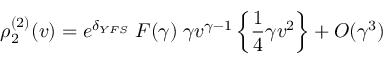
\rho _ { 2 } ^ { ( 2 ) } ( v ) = e ^ { \delta _ { Y F S } } \; F ( \gamma ) \; \gamma v ^ { \gamma - 1 } \left\{ { \frac { 1 } { 4 } } \gamma v ^ { 2 } \right\} + { \cal O } ( \gamma ^ { 3 } )